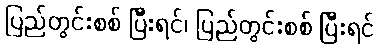
ပြည်တွင်းစစ် ပြီးရင်၊ ပြည်တွင်းစစ် ပြီးရင်